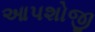
આપશોજી